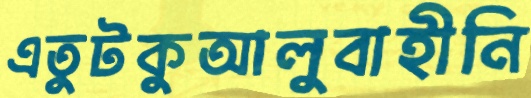
এতুটকুআলুবাহীনি